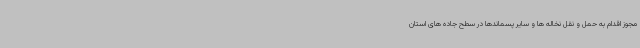
مجوز اقدام به حمل و نقل نخاله ها و سایر پسماندها در سطح جاده های استان